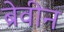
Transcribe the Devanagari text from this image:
ब्रेवीन